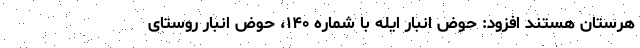
هرستان هستند افزود: حوض انبار ایله با شماره ۱۴۰، حوض انبار روستای